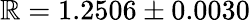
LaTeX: \mathbb{R}=1.2506\pm0.0030